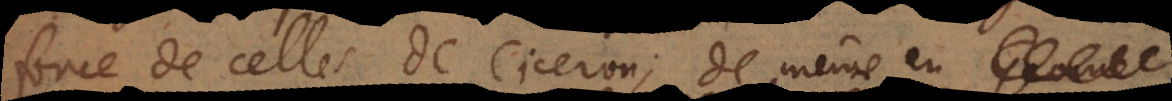
force de celles de Ciceron; de même en